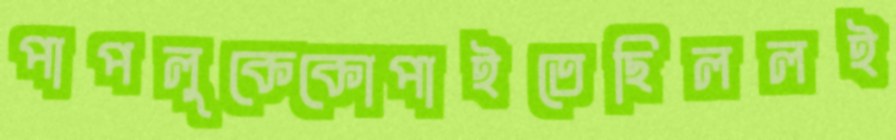
পাপলুকেকোপাইতেছিললই